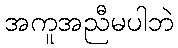
အကူအညီမပါဘဲ